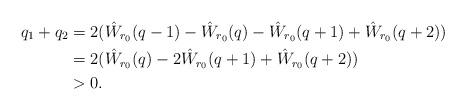
LaTeX: \begin{align*}q_1+q_2 &= 2(\hat W_{r_0}(q-1)-\hat W_{r_0}(q)-\hat W_{r_0}(q+1) + \hat W_{r_0}(q+2))\\&=2(\hat W_{r_0}(q) - 2\hat W_{r_0}(q+1) + \hat W_{r_0}(q+2))\\&>0.\end{align*}